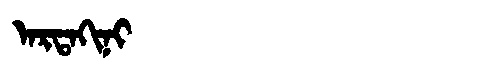
Manchu: ᠠᡵᡨᠠᡴᡳᠨᡳ
Romanization: ARTAKINI